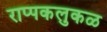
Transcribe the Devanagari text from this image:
राप्पकलुकळ